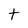
Character: t